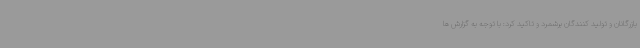
بازرگانان و تولید کنندگان برشمرد و تاکید کرد: با توجه به گزارش ها